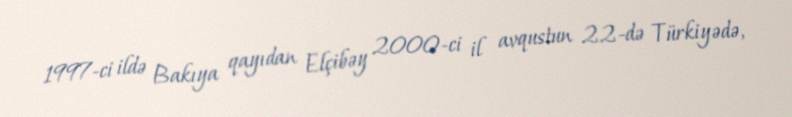
1997-ci ildə Bakıya qayıdan Elçibəy 2000-ci il avqustun 22-də Türkiyədə,